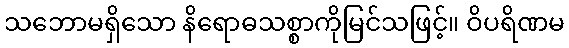
သဘောမရှိသော နိရောဓသစ္စာကိုမြင်သဖြင့်။ ဝိပရိဏမ